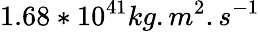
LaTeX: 1.68*10^{41}kg.m^{2}.s^{-1}